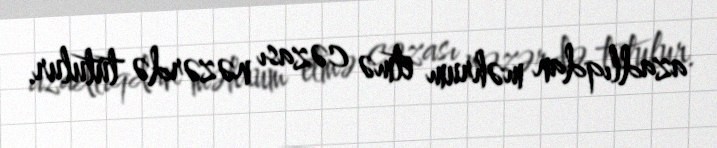
azadlıqdan məhrum etmə cəzası nəzərdə tutulur.